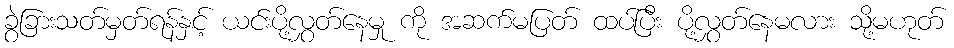
ခွဲခြားသတ်မှတ်ရန်နှင့် ယင်းပို့လွှတ်နေမှု ကို အဆက်မပြတ် ထပ်ပြီး ပို့လွှတ်နေမလား သို့မဟုတ်